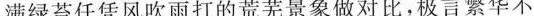
满绿苔任凭风吹雨打的荒芜景象做对比，极言繁华不